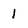
Character: 1